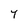
Character: 7